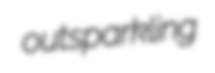
outsparkling